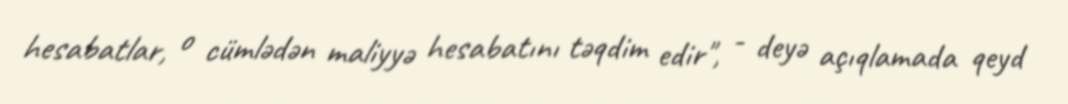
hesabatlar, o cümlədən maliyyə hesabatını təqdim edir", - deyə açıqlamada qeyd